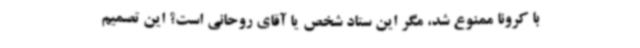
با کرونا ممنوع شد، مگر این ستاد شخص یا آقای روحانی است؟ این تصمیم